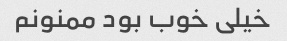
خیلی خوب بود ممنونم